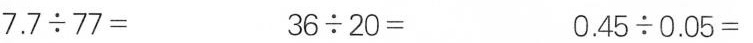
$$7 . 7 {\div} 7 7 =$$ $$3 6 {\div} 2 0 =$$ $$0 . 4 5 {\div} 0 . 0 5 =$$